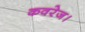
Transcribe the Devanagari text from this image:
कवरेज।